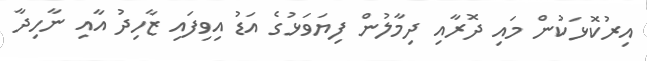
އިރުކޮޅަކުން މައި ދޮރާއި ދިމާލުން ފިޔަވަޅުގެ އަޑު އިވިފައި ޒާހިދު އާއި ނާހިދާ